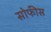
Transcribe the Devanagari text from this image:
सोफीस